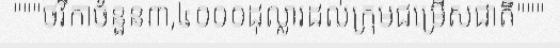
"""ថវិកាចំនួន៣,៤០០០ដុល្លារដល់ក្រុមជម្រើសជាតិ"""